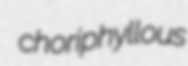
choriphyllous